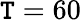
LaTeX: \mathtt{T}=60